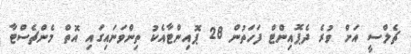
ޗެލްސީ އަށް ވުރެ ދެޕޮއިންޓް ފަހަތުން 28 ޕޮއިންޓާއެކު ތިންވަނައިގައި އޮތް މެންޗެސްޓާ